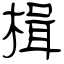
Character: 楫